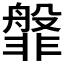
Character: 𬰝